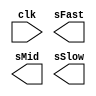
`timescale 1ns / 1ps
//////////////////////////////////////////////////////////////////////////////////
// Company: 
// Engineer: 
// 
// Design Name: 
// Module Name:    sinTable 
// Project Name: 
// Target Devices: 
// Tool versions: 
// Description: 
//
// Dependencies: 
//
// Revision: 
// Revision 0.01 - File Created
// Additional Comments: 
//
//////////////////////////////////////////////////////////////////////////////////
module sinTable(
    input clk,
    output [7:0] sFast,
    output [7:0] sMid,
    output [7:0] sSlow
    );


endmodule